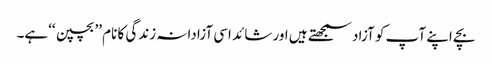
بچے اپنے آپ کو آزاد سمجھتے ہیں اور شائد اسی آزادانہ زندگی کا نام ’’بچپن ‘‘ہے۔